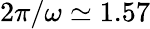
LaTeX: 2\pi/\omega\simeq 1.57